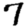
Digit: 7